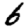
Digit: 6